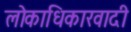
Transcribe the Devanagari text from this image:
लोकाधिकारवादी